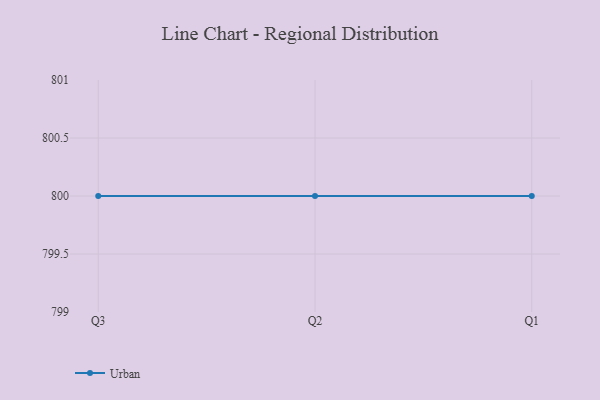
{"axis": {"x": "Quarter", "y": "Budget (USD K)"}, "legend": ["Urban"], "data": [{"x": "Q3", "y": 800, "type": "Urban"}, {"x": "Q2", "y": 800, "type": "Urban"}, {"x": "Q1", "y": 800, "type": "Urban"}]}